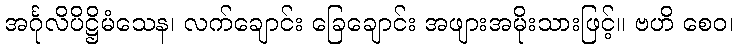
အင်္ဂုလိပိဋ္ဌိမံသေန၊ လက်ချောင်း ခြေချောင်း အဖျားအမိုးသားဖြင့်။ ဗဟိ စေဝ၊